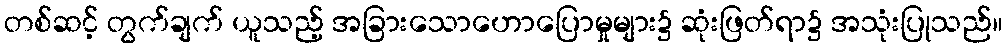
တစ်ဆင့် တွက်ချက် ယူသည့် အခြားသောဟောပြောမှုများ၌ ဆုံးဖြတ်ရာ၌ အသုံးပြုသည်။